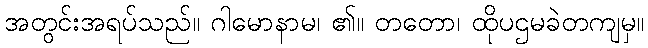
အတွင်းအရပ်သည်။ ဂါမောနာမ၊ ၏။ တတော၊ ထိုပဌမခဲတကျမှ။